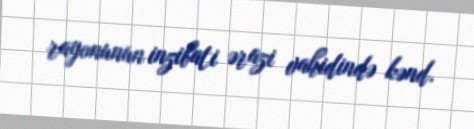
rayonunun inzibati ərazi vahidində kənd.